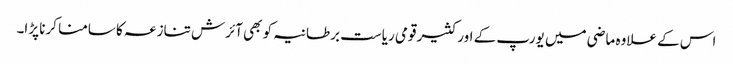
اس کے علاوہ ماضی میں یورپ کے اور کثیر قومی ریاست برطانیہ کو بھی آئرش تنازعہ کا سامنا کرنا پڑا۔